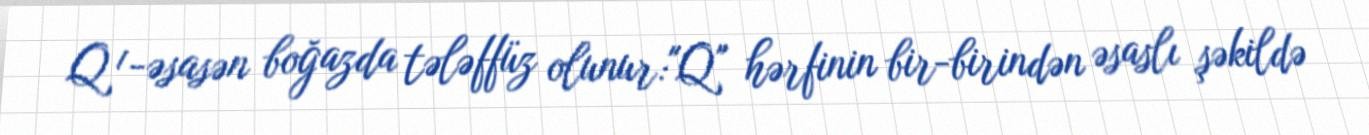
Q¹-əsasən boğazda tələffüz olunur:"Q" hərfinin bir-birindən əsaslı şəkildə